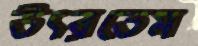
উৎরতেম